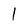
Character: 1